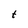
Character: t